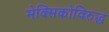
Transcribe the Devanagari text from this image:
मेक्सिकोविरुद्ध